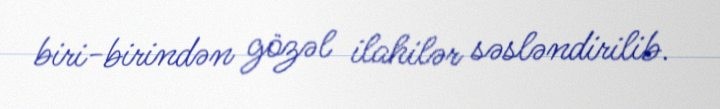
biri-birindən gözəl ilahilər səsləndirilib.